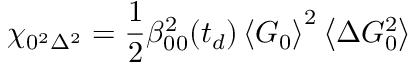
\chi _ { 0 ^ { 2 } \Delta ^ { 2 } } = \frac { 1 } { 2 } \beta _ { 0 0 } ^ { 2 } ( t _ { d } ) \left\langle G _ { 0 } \right\rangle ^ { 2 } \left\langle \Delta G _ { 0 } ^ { 2 } \right\rangle